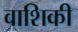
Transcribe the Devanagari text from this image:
वाशिकी